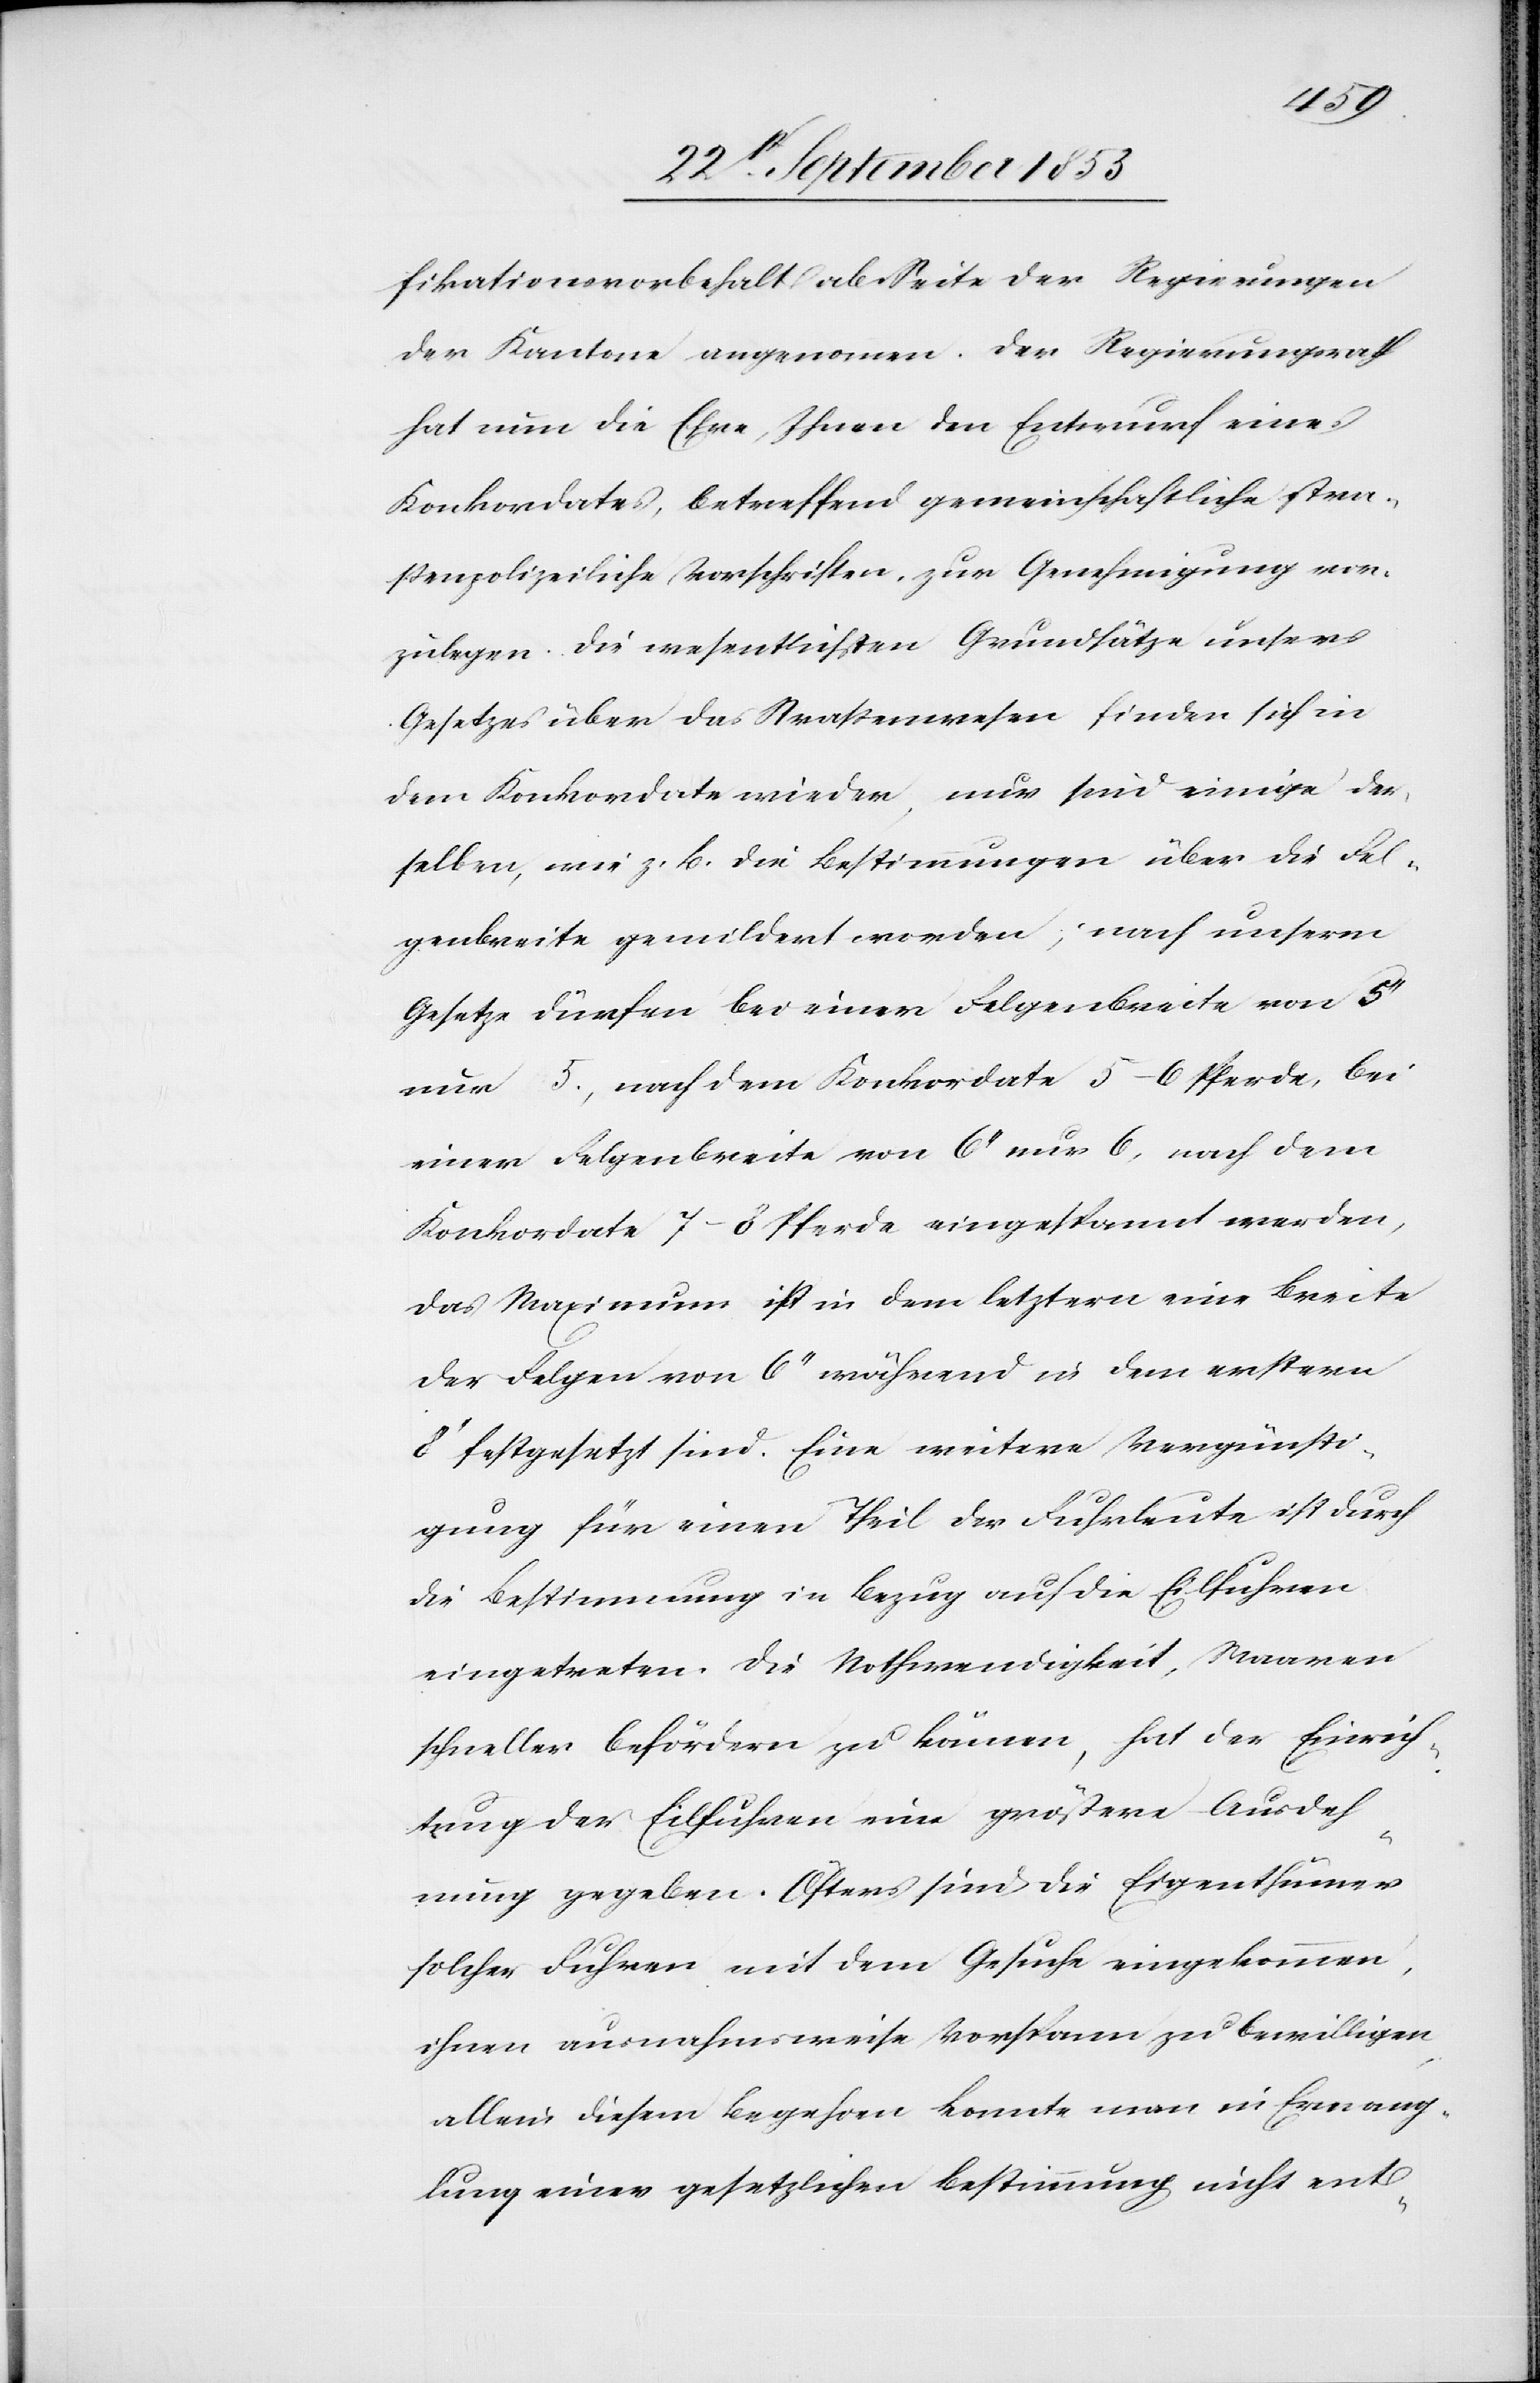
elung
fikationsvorbehalt ab Seite der Regierungen
der Kantone angenommen. Der Regierungsrath
hat nun die Ehre, Ihnen den Entwurf eines
Konkordates, betreffend gemeinschaftliche stra¬
ßenpolizeiliche Vorschriften, zur Genehmigung vor¬
zulegen. Die wesentlichsten Grundsätze unseres
Gesetzes über das Straßenwesen finden sich in
dem Konkordate wieder, nur sind einige der¬
selben, wie z. B. die Bestimmungen über die Fel¬
genbreite gemildert worden; nach unserem
Gesetze dürfen bei einer Felgenbreite von 5‘‘
nur 5., nach dem Konkordate 5–6 Pferde, bei
einer Felgenbreite von 6“ nur, nach dem
Konkordate 7–8 Pferde eingespannt werden,
das Maximum ist in dem letztern eine Breite
der Felgen von 6“ während in dem erstern
8“ festgesetzt sind. Eine weitere Vergünsti¬
gung für einen Theil der Fuhrleute ist durch
die Bestimmung in Bezug auf die Eilfuhren
eingetreten. Die Nothwendigkeit, Waaren
schneller befördern zu können, hat der Einrich¬
tung der Eilfuhren eine größere Ausdeh¬
nung gegeben. Öfters sind die Eigenthümer
solcher Fuhren mit dem Gesuche eingekommen,
ihnen ausnahmsweise Vorspann zu bewilligen,
allein diesem Begehren konnte man in Ermang¬